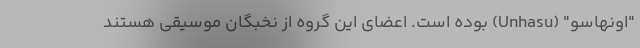
"اونهاسو" (Unhasu) بوده است. اعضای این گروه از نخبگان موسیقی هستند